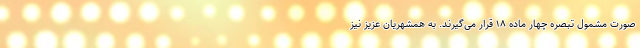
صورت مشمول تبصره چهار ماده ۱۸ قرار می‌گیرند. به همشهریان عزیز نیز